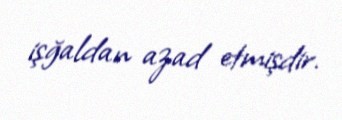
işğaldan azad etmişdir.